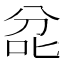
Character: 兺